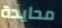
محايدة